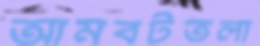
আমবটতলা